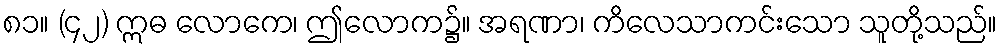
၈၁။ (၄၂) ဣဓ လောကေ၊ ဤလောက၌။ အရဏာ၊ ကိလေသာကင်းသော သူတို့သည်။